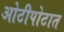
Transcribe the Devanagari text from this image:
ओटीपोटात